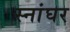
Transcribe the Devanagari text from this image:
स्नांघर